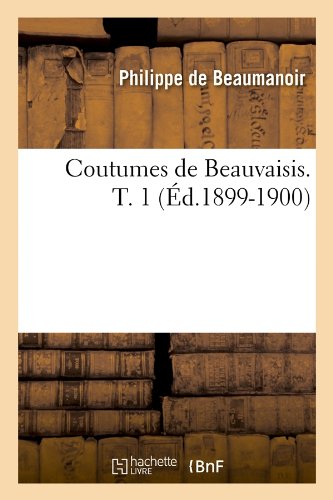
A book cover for Coutumes de Beauvaisis. T. 1 (Ed.1899-1900) (Histoire) (French Edition); Philippe De Beaumanoir; Law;